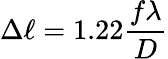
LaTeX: \Delta\ell=1.22{\frac{f\lambda}{D}}